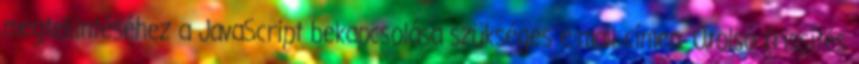
megtekintéséhez a JavaScript bekapcsolása szükséges e-mail címen. Utolsó frissítés